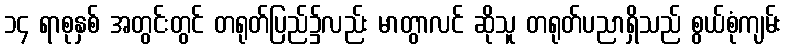
၁၄ ရာစုနှစ် အတွင်းတွင် တရုတ်ပြည်၌လည်း မာတွာလင် ဆိုသူ တရုတ်ပညာရှိသည် စွယ်စုံကျမ်း